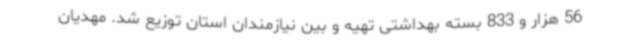
56 هزار و 833 بسته بهداشتی تهیه و بین نیازمندان استان توزیع شد. مهدیان